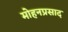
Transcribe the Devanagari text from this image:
मोहनप्रसाद